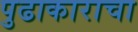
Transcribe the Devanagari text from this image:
पुढाकाराचा